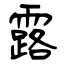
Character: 露